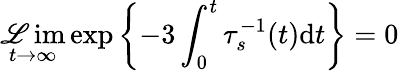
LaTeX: \operatorname*{\mathscr{L}im}_{t\to\infty}\exp\left\{ -3\int_{0}^{t}\tau_{s}^{-1}(t)\mathrm{{d}}t\right\} =0